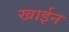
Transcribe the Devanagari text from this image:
खाईन